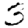
Digit: 3